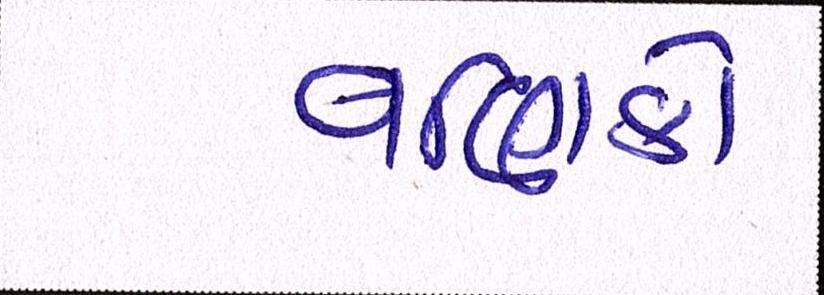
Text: વણિકો